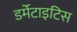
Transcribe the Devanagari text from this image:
डर्मेटाइटिस